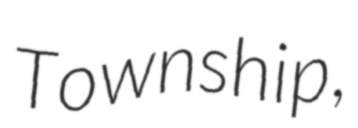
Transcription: Township,